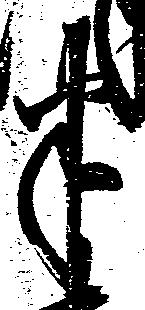
半